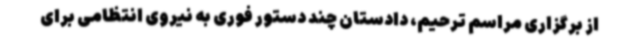
از برگزاری مراسم ترحیم، دادستان چند دستور فوری به نیروی انتظامی برای